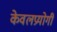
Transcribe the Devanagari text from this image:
केवलप्रयोगी